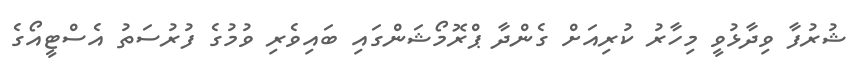
ޝުރުފާ ވިދާޅުވީ މިހާރު ކުރިއަށް ގެންދާ ޕްރޮމޯޝަންގައި ބައިވެރި ވުމުގެ ފުރުސަތު އެސްޓީއޯގެ